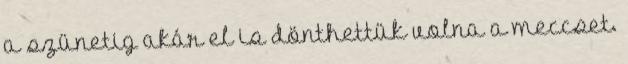
a szünetig akár el is dönthettük volna a meccset.